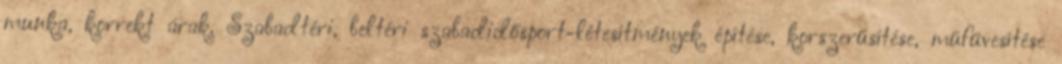
munka, korrekt árak. Szabadtéri, beltéri szabadidősport-létesítmények építése, korszerűsítése, műfüvesítése